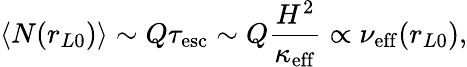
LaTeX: \langle N(r_{L0})\rangle\sim Q\tau_{\mathrm{esc}}\sim Q\frac{H^{2}}{\kappa_{\mathrm{eff}}}\propto\nu_{\mathrm{eff}}(r_{L0}),